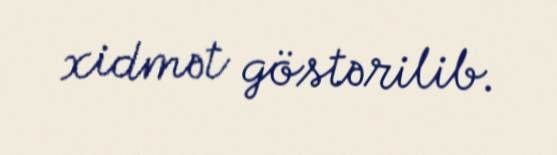
xidmət göstərilib.